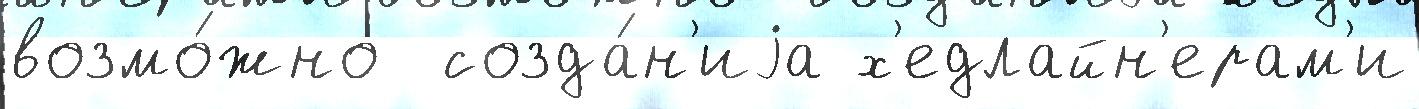
возмо́жно  созда́н'иjа х'едлайн'ерам'и